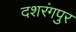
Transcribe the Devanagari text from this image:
दशरंगपुर